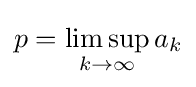
p=\limsup _{k\to \infty }{a_{k}}